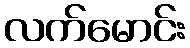
လက်မောင်း